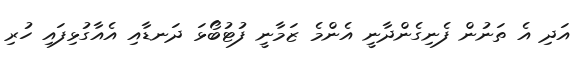
އަދި އެ ތަނުން ފެނިގެންދާނީ އެންމެ ޒަމާނީ ފުޓުބޯޅަ ދަނޑާއި އެއާގުޅިފައި ހުރި